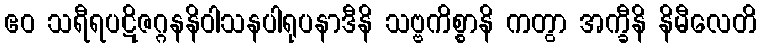
ဧဝ သရီရပဋိဇဂ္ဂနနိဝါသနပါရုပနာဒီနိ သဗ္ဗကိစ္စာနိ ကတွာ အက္ခီနိ နိမီလေတိ